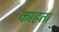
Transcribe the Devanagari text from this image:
काहता